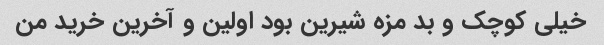
خیلی کوچک و بد مزه شیرین بود اولین و آخرین خرید من